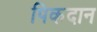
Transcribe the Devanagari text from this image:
पिकदान